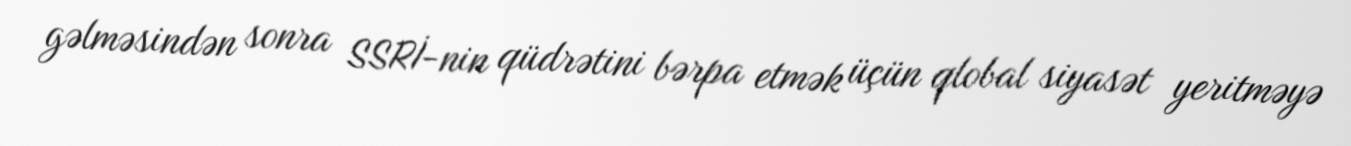
gəlməsindən sonra SSRİ-nin qüdrətini bərpa etmək üçün qlobal siyasət yeritməyə